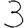
Digit: 3